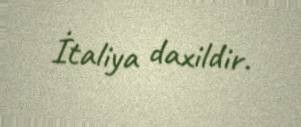
İtaliya daxildir.